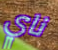
ناي